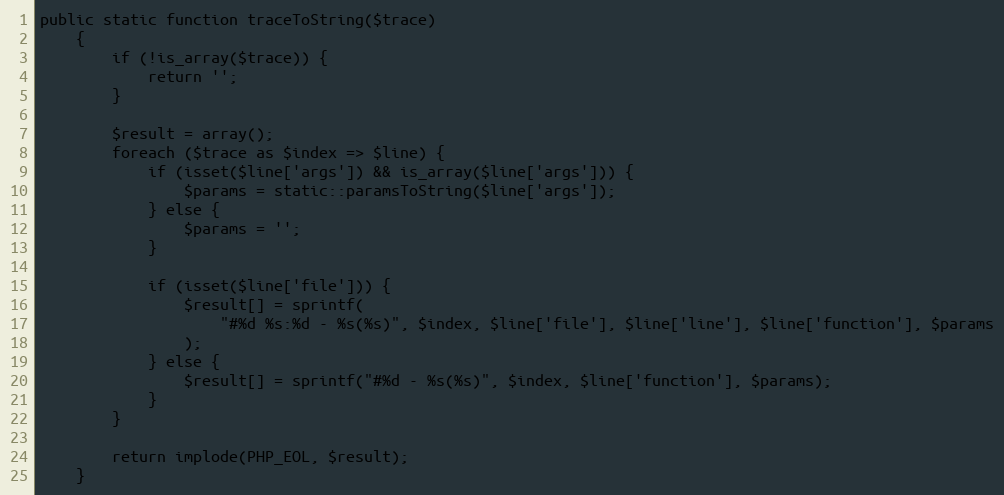
Language: PHP
public static function traceToString($trace)
    {
        if (!is_array($trace)) {
            return '';
        }

        $result = array();
        foreach ($trace as $index => $line) {
            if (isset($line['args']) && is_array($line['args'])) {
                $params = static::paramsToString($line['args']);
            } else {
                $params = '';
            }

            if (isset($line['file'])) {
                $result[] = sprintf(
                    "#%d %s:%d - %s(%s)", $index, $line['file'], $line['line'], $line['function'], $params
                );
            } else {
                $result[] = sprintf("#%d - %s(%s)", $index, $line['function'], $params);
            }
        }

        return implode(PHP_EOL, $result);
    }